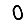
Digit: 0